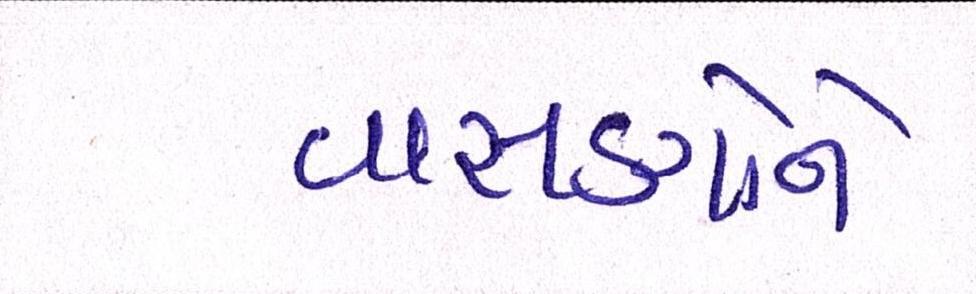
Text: વાસણોને